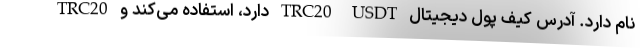
TRC20 دارد، استفاده می‌کند و TRC20 USDT نام دارد. آدرس کیف پول دیجیتال